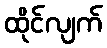
ထိုင်လျက်